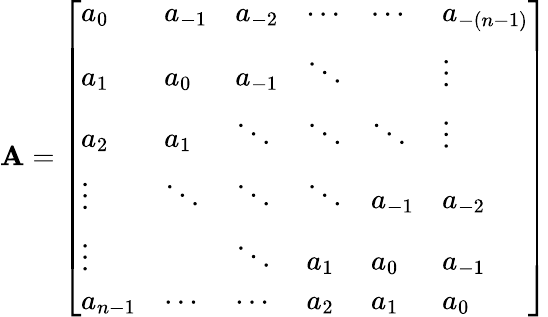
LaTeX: \mathbf{A}={\left[\begin{array}{llllll}{a_{0}}&{a_{-1}}&{a_{-2}}&{\cdots}&{\cdots}&{a_{-(n-1)}}\\ {a_{1}}&{a_{0}}&{a_{-1}}&{\ddots}&{}&{\vdots}\\ {a_{2}}&{a_{1}}&{\ddots}&{\ddots}&{\ddots}&{\vdots}\\ {\vdots}&{\ddots}&{\ddots}&{\ddots}&{a_{-1}}&{a_{-2}}\\ {\vdots}&{}&{\ddots}&{a_{1}}&{a_{0}}&{a_{-1}}\\ {a_{n-1}}&{\cdots}&{\cdots}&{a_{2}}&{a_{1}}&{a_{0}}\end{array}\right]}